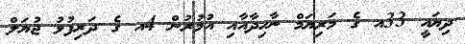
ދިޔައީ 33އ ގެ މަރިޔަމް ނާހިދާއާއި އުމުރުން 4އ ގެ ދަރިފުޅު ޖުޔަލް